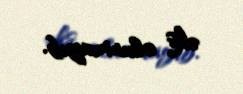
əks olunmayıb.